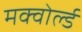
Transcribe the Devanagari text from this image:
मक्वोर्ल्ड